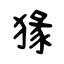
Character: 猭